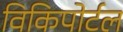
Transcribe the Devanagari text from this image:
विकिपोर्टल